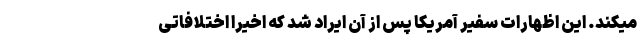
میکند. این اظهارات سفیر آمریکا پس از آن ایراد شد که اخیرا اختلافاتی